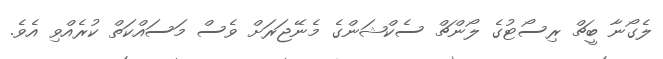
ލެގޯނާ ބީޗް ރިސޯޓުގެ ލޯންޗް ސެކްޝަންގެ މެނޭޖަރަށް ވެސް މަސައްކަތް ކުރެއްވި އެވެ.